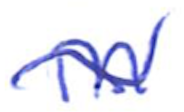
Text: in
Cross-out: mix
Writing tool: ballpoint